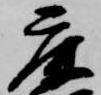
鹿